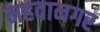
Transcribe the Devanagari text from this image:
महवानगर